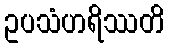
ဥပသံဟရိဿတိ